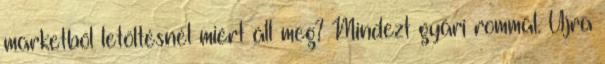
marketből letöltésnél miért áll meg? Mindezt gyári rommal. Újra